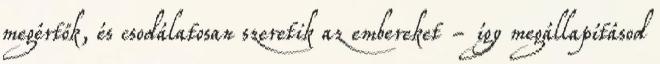
megértők, és csodálatosan szeretik az embereket - így megállapításod